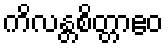
ကိလန္တစိတ္တာဧဝ